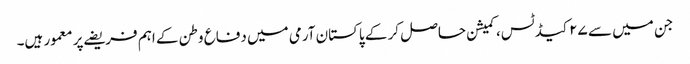
جن میں سے ۲۷ کیڈ ٹس، کمیشن حاصل کر کے پاکستان آرمی میں دفاع وطن کے اہم فریضے پر معمور ہیں۔